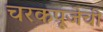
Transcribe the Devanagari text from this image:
चरकपूजेची